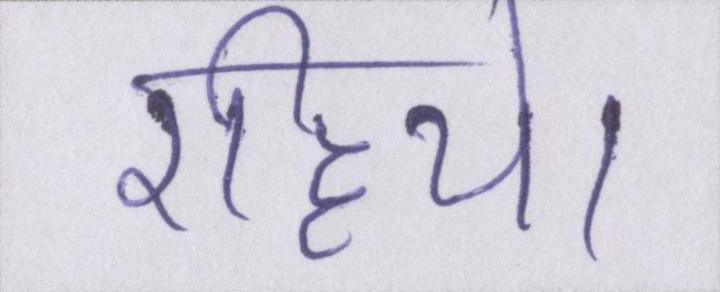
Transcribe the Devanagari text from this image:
रहिये।